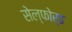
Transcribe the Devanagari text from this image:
सेल्फोर्ड